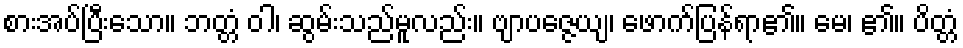
စားအပ်ပြီးသော။ ဘတ္တံ ဝါ၊ ဆွမ်းသည်မူလည်း။ ဗျာပဇ္ဇေယျ၊ ဖောက်ပြန်ရာ၏။ မေ၊ ၏။ ပိတ္တံ